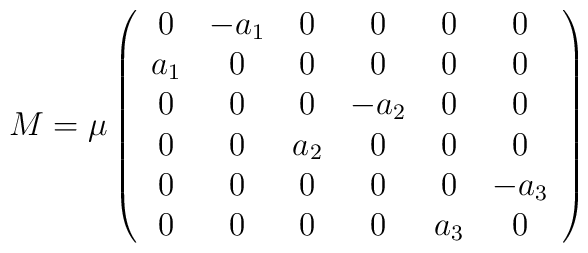
M= \mu\left( \begin{array}{cccccc}0&-a_1&0&0&0&0\\ a_1&0&0&0&0&0\\0&0&0&-a_2&0&0\\ 0&0&a_2&0&0&0\\0&0&0&0&0&-a_3\\ 0&0&0&0&a_3&0\end{array}\right)